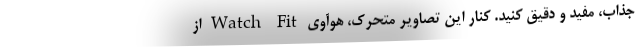
جذاب، مفید و دقیق کنید. کنار این تصاویر متحرک، هوآوی Watch Fit از